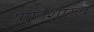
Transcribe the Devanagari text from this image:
प्रातिशाख्ये